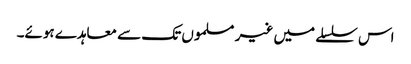
اس سلسلے میں غیر مسلموں تک سے معاہدے ہوئے۔